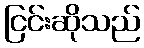
ငြင်းဆိုသည်